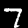
Digit: 7